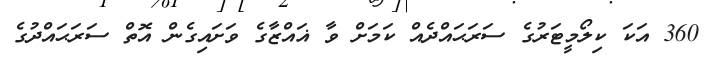
360 އަކަ ކިލޯމީޓަރުގެ ސަރަޙައްދެއް ކަމަށް ވާ ޣައްޒާގެ ވަށައިގެން އޮތް ސަރަޙައްދުގެ